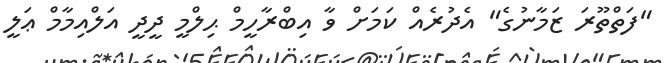
"ފަތްތޫރަ ޒަމާނުގެ" އެދުރެއް ކަމަށް ވާ އިބްރާހީމް ޙިލްމީ ދީދީ އަލްއިމާމް ޢަލީ